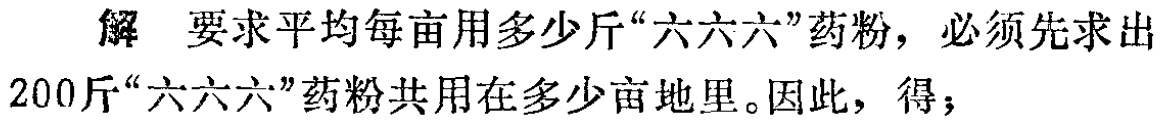
解 要求平均每亩用多少斤“六六六”药粉，必须先求出
200斤“六六六”药粉共用在多少亩地里。因此，得；